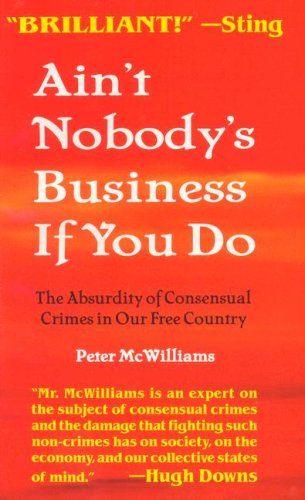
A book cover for Ain't Nobody's Business If You Do: The Absurdity of Consensual Crimes in Our Free Country; Peter McWilliams; Law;